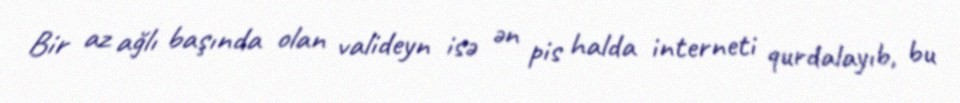
Bir az ağlı başında olan valideyn isə ən pis halda interneti qurdalayıb, bu